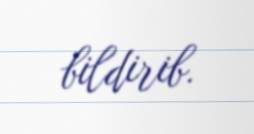
bildirib.